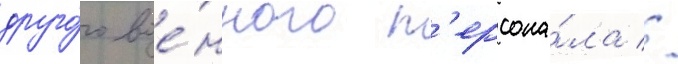
друго́го вое́нного п'ерсона́ла //